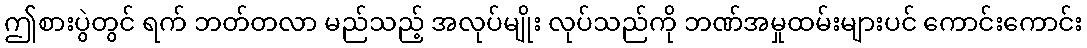
ဤစားပွဲတွင် ရက် ဘတ်တလာ မည်သည့် အလုပ်မျိုး လုပ်သည်ကို ဘဏ်အမှုထမ်းများပင် ကောင်းကောင်း